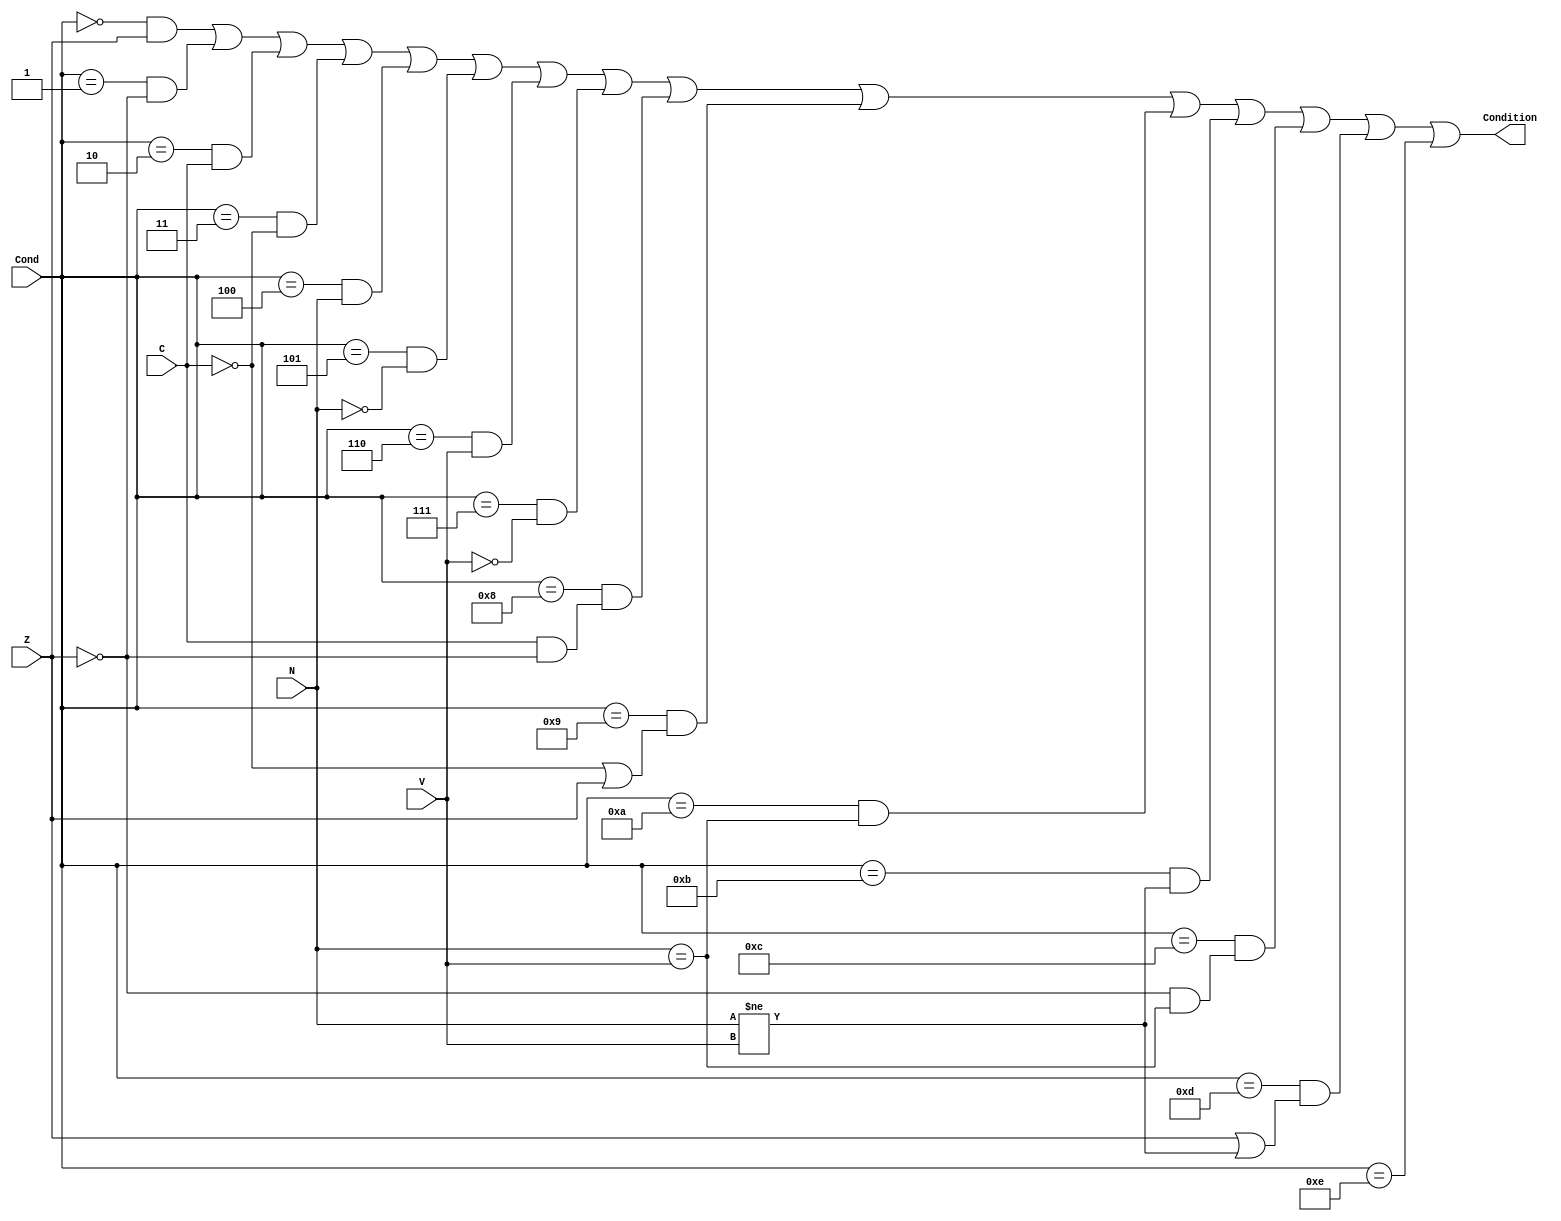
module Condition_Check (
  input Z, C, N, V,
  input[3:0] Cond,
  output Condition
);
  assign Condition = Cond == 4'b0000 & (Z == 1'b1) |
                     Cond == 4'b0001 & (Z == 1'b0) |
                     Cond == 4'b0010 & (C == 1'b1) |
                     Cond == 4'b0011 & (C == 1'b0) |
                     Cond == 4'b0100 & (N == 1'b1) |
                     Cond == 4'b0101 & (N == 1'b0) |
                     Cond == 4'b0110 & (V == 1'b1) |
                     Cond == 4'b0111 & (V == 1'b0) |
                     Cond == 4'b1000 & (C == 1'b1 & Z == 1'b0) |
                     Cond == 4'b1001 & (C == 1'b0 | Z == 1'b1) |
                     Cond == 4'b1010 & (N == V) |
                     Cond == 4'b1011 & (N != V) |
                     Cond == 4'b1100 & (Z == 1'b0 & N == V) |
                     Cond == 4'b1101 & (Z == 1'b1 | N != V) |
                     Cond == 4'b1110 & (1'b1) ;
endmodule